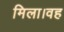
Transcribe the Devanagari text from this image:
मिला।वह